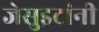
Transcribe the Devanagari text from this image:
जेसुइटांनी